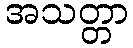
အသတ္တာ